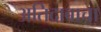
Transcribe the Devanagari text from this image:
अतिदाबाचा